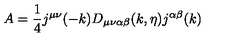
A = \frac { 1 } { 4 } j ^ { \mu \nu } ( - k ) D _ { \mu \nu \alpha \beta } ( k , \eta ) j ^ { \alpha \beta } ( k )